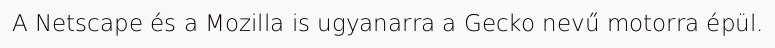
A Netscape és a Mozilla is ugyanarra a Gecko nevű motorra épül.